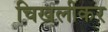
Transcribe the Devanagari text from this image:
चिखलीकर